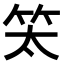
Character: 𥫵